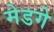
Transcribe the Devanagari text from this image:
मेडगे